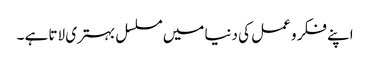
اپنے فکر و عمل کی دنیا میں مسلسل بہتری لاتا ہے ۔